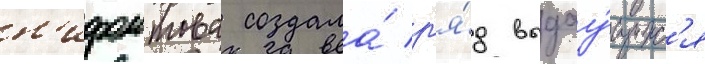
н'ифонтова создала́ р'я́д выдау́щихс'я